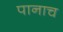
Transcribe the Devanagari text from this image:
पानाच